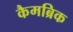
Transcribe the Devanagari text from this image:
कैमब्रिक